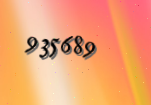
935689